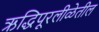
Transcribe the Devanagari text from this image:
ऋद्धिपूरलीळेतील